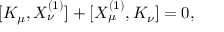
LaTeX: [ K _ { \mu } , X _ { \nu } ^ { ( 1 ) } ] + [ X _ { \mu } ^ { ( 1 ) } , K _ { \nu } ] = 0 ,